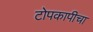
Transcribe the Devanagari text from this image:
टोपकापीचा